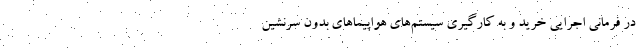
در فرمانی اجرایی خرید و به کارگیری سیستم‌های هواپیماهای بدون سرنشین